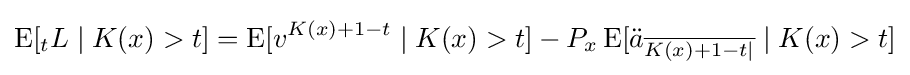
\operatorname {E} [{}_{t}L\mid K(x)>t]=\operatorname {E} [v^{K(x)+1-t}\mid K(x)>t]-P_{x}\operatorname {E} [{\ddot {a}}_{\overline {K(x)+1-t|}}\mid K(x)>t]